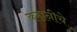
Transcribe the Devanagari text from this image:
कहानीचे